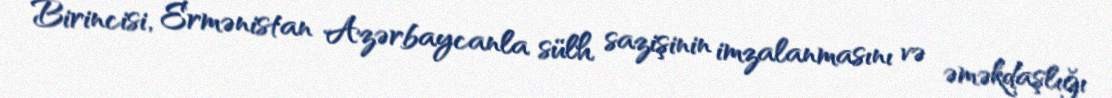
Birincisi, Ermənistan Azərbaycanla sülh sazişinin imzalanmasını və əməkdaşlığı